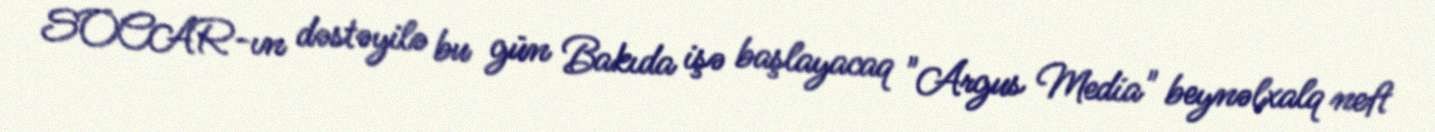
SOCAR-ın dəstəyilə bu gün Bakıda işə başlayacaq "Argus Media" beynəlxalq neft